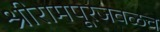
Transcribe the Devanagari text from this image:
श्रीरामपूरजवळच